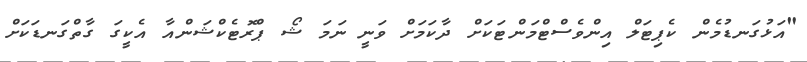
"އަޅުގަނޑުމެން ކެޕިޓަލް އިންވެސްޓްމަންޓަކަށް ދާކަމަށް ވަނީ ނަމަ ޝޯ ޕްރޮޓެކްޝަންއާ އެކީގަ ގާތްގަނޑަކަށް